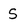
Character: S